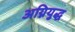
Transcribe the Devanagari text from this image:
अग्नियुद्ध